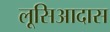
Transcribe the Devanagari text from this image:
लूसिआदास